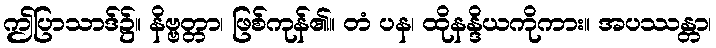
ဤပြာသာဒ်၌။ နိဗ္ဗတ္တာ၊ ဖြစ်ကုန်၏။ တံ ပန၊ ထိုနန္ဒိယကိုကား။ အပဿန္တာ၊